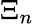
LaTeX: \Xi_{n}